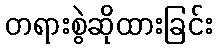
တရားစွဲဆိုထားခြင်း